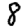
Digit: 8